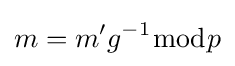
m=m'g^{-1}{\bmod {p}}